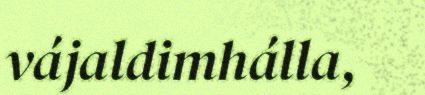
vájaldimhálla,